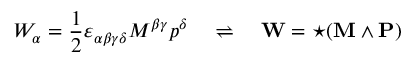
W _ { \alpha } = { \frac { 1 } { 2 } } \varepsilon _ { \alpha \beta \gamma \delta } M ^ { \beta \gamma } p ^ { \delta } \quad \rightleftharpoons \quad \mathbf { W } = \star ( \mathbf { M } \wedge \mathbf { P } )